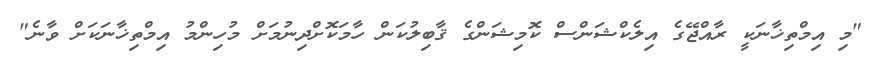
"މި އިމްތިޚާނަކީ ރާއްޖޭގެ އިލެކްޝަންސް ކޮމިޝަންގެ ޤާބިލުކަން ހާމަކޮށްދިނުމަށް މުހިންމު އިމްތިޚާނަކަށް ވާނެ"